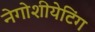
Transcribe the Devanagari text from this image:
नेगोशीयेटिंग